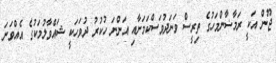
ޖޫން އަކީ ރަމާޟާންމަހުގެ ތިރީސް ވަނަދުވަސްކަމަށާއި އަންނަ ހުކުރު ދުވަހަކީ ޝައްވާލުމަކުގެ އެއްވަނަ